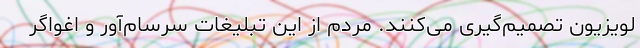
لویزیون تصمیم‌گیری می‌کنند. مردم از این تبلیغات سرسام‌آور و اغواگر